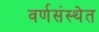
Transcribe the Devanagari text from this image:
वर्णसंस्थेत